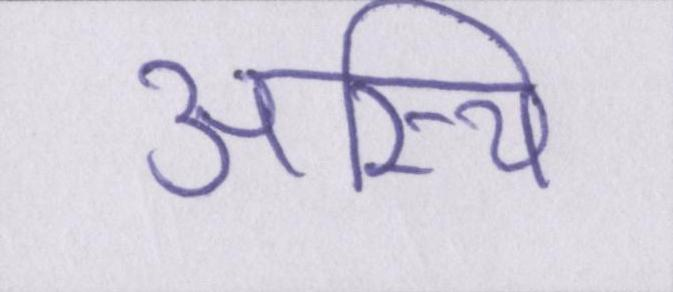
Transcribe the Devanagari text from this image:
अस्थि